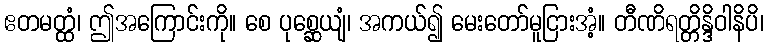
ဧတမတ္ထံ၊ ဤအကြောင်းကို။ စေ ပုစ္ဆေယျံ၊ အကယ်၍ မေးတော်မူငြားအံ့။ တီဏိရတ္တိန္ဒိဝါနိပိ၊